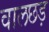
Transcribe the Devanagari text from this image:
वालछड़